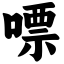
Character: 嘌